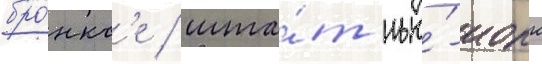
бро́нкс'е / шта́т нью́-иорк